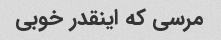
مرسی که اینقدر خوبی